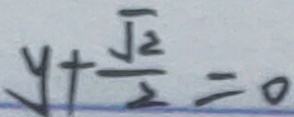
y + \frac { \sqrt { 2 } } { 2 } = 0